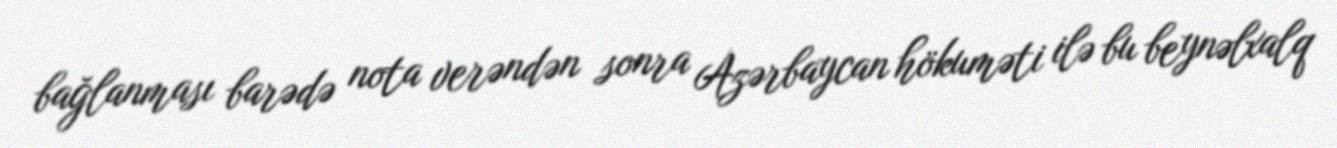
bağlanması barədə nota verəndən sonra Azərbaycan hökuməti ilə bu beynəlxalq